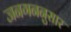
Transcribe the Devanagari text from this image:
जनगननुसार